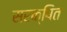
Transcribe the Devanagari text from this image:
सरक्षित